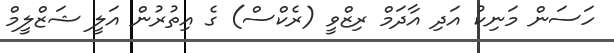
ހަސަން މަނިކު އަދި އާދަމް ރިޒްވީ (ރެކްސް) ގެ އިތުރުން އަލީ ޝަޒްލީމް